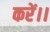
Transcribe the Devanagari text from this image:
करें।।